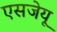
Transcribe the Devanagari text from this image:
एसजेयू